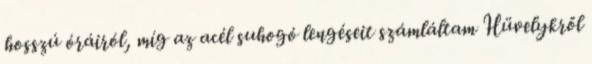
hosszú óráiról, míg az acél suhogó lengéseit számláltam Hüvelykről